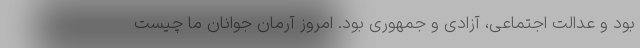
بود و عدالت اجتماعی، آزادی و جمهوری بود. امروز آرمان جوانان ما چیست